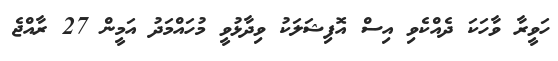
ހަވީރާ ވާހަކަ ދެއްކެވި އިސް އޮފިޝަލަކު ވިދާޅުވީ މުހައްމަދު އަމީން 27 ރާއްޖެ